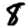
Digit: 8